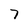
Character: 7